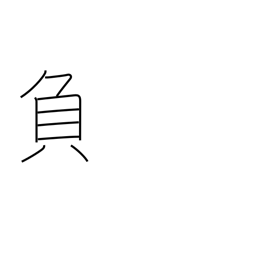
Meaning: minus